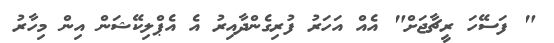
" ފަސޭހަ ރީޗާޖަށް" އެއް އަހަރު ފުރިގެންދާއިރު އެ އެޕްލިކޭޝަން އިން މިހާރު